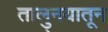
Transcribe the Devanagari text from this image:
तालु्नयातून